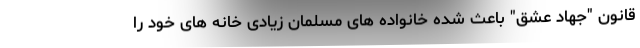
قانون "جهاد عشق" باعث شده خانواده های مسلمان زیادی خانه های خود را